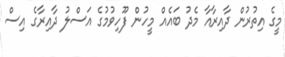
މީގެ އިތުރުން ދާއިރާއާ މެދު ބައެއް މީހުން ފޫހިވުމުގެ އަސްލު ދާއިރާގެ އިސް